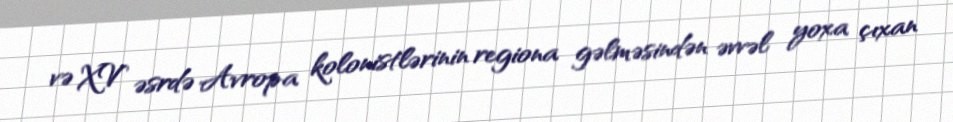
və XV əsrdə Avropa kolonistlərinin regiona gəlməsindən əvvəl yoxa çıxan